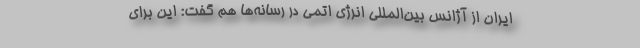
ایران از آژانس بین‌المللی انرژی اتمی در رسانه‌ها هم گفت: این برای